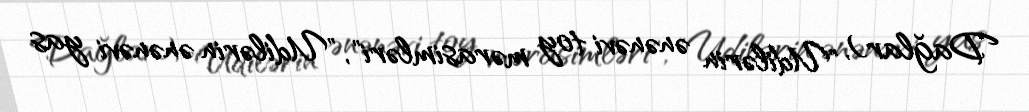
Dağlar), "Udilərin ənənəvi toy mərasimləri", "Udilərin ənənəvi yas